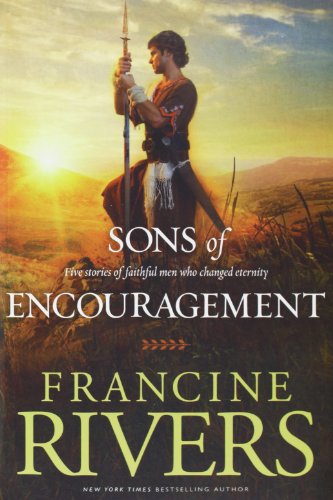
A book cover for Sons of Encouragement; Francine Rivers; Literature & Fiction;